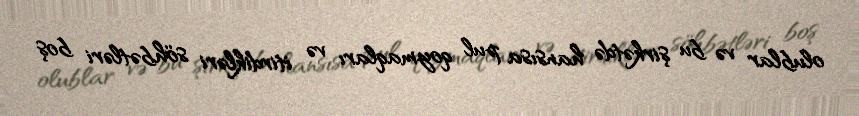
olublar və bu şirkətdə hansısa pul qoymaqları və itirdikləri söhbətləri boş